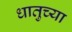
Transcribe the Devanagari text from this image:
धातुच्या